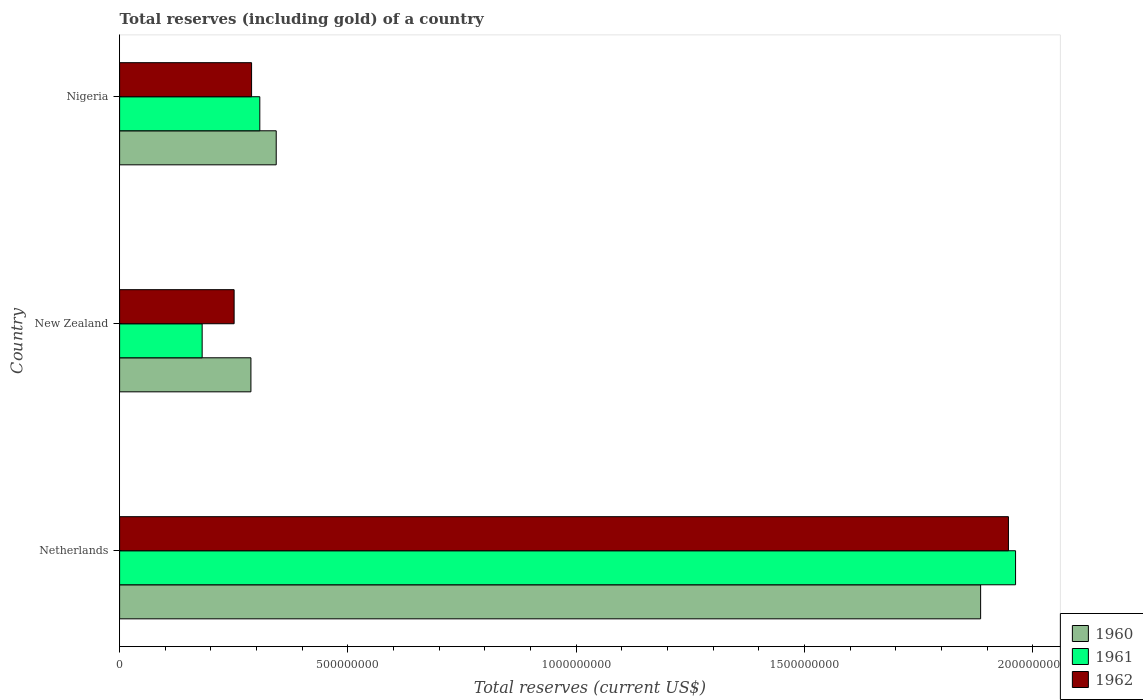
| Country | 1960 | 1961 | 1962 |
 | --- | --- | --- | --- |
 | Netherlands | 1.89e+09 | 1.96e+09 | 1.95e+09 |
 | New Zealand | 2.88e+08 | 1.81e+08 | 2.51e+08 |
 | Nigeria | 3.43e+08 | 3.07e+08 | 2.89e+08 |